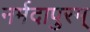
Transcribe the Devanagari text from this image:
नर्मदापुरम्